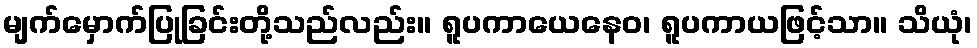
မျက်မှောက်ပြုခြင်းတို့သည်လည်း။ ရူပကာယေနေဝ၊ ရူပကာယဖြင့်သာ။ သိယုံ၊